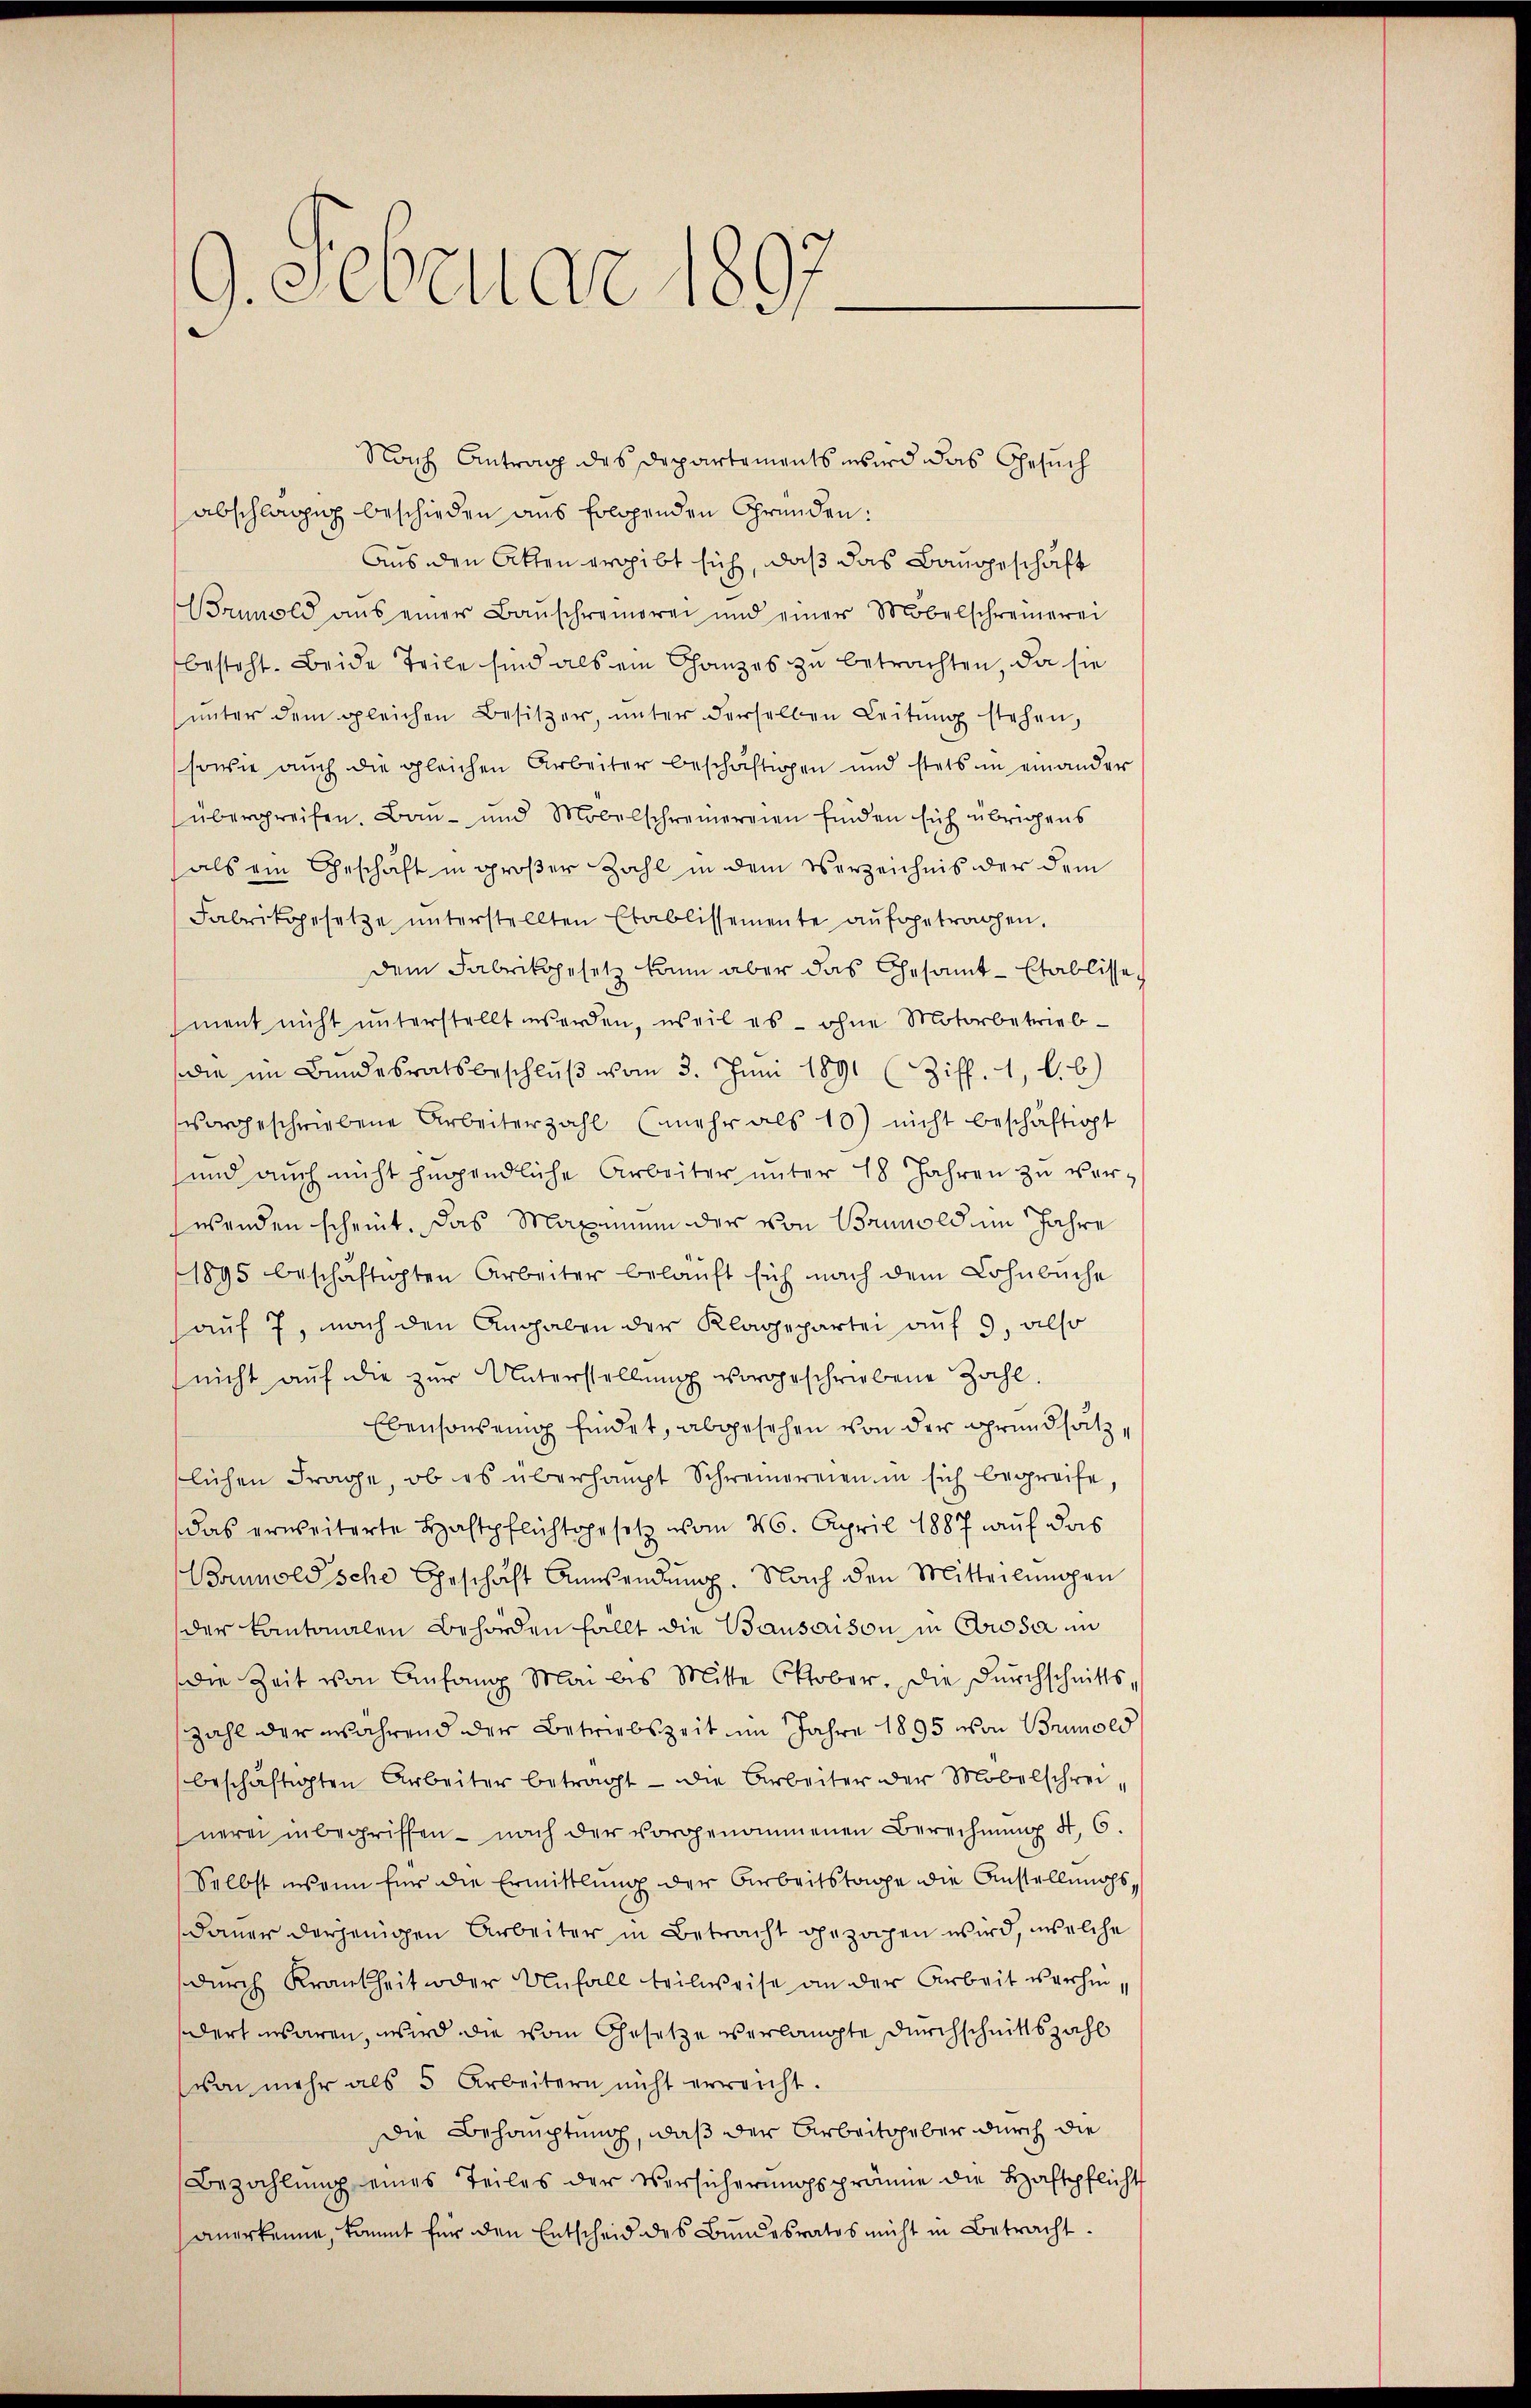
9. Februar 1897

Nach Antrag des Departements wird das Gesuch
abschlägig beschieden aus folgenden Gründen:
Aus den Akten ergibt sich, daß das Baugeschäft
Brunold aus einer Baŭschreieren und einer Möbelschreinerei
besteht. Beide Teile sind als ein Ganzes zu betrachten, da sie
ŭnter dem gleichen Besitzer, ŭnter derselben Leitŭng stehen,
sowie auch die gleichen Arbeiter beschäftigen und stets in einander
übergreifen. Bau- und Mobelschreinereien finden sich übrigens
als ein Geschäft in großer Zahl in dem Verzeichnis der dem
Fabrikgesetze unterstellten Etablissemente aŭfgetragen.
dem Fabrikgesetz kann aber das Gesamt-Etablisse,
ment nicht ŭnterstellt werden, weil es - ohne Motorbetrieb-
die im Bundesratsbeschlŭβ vom 3. Juni 1891 (Ziff. 1, b. b)
vorgeschriebene Arbeiterzahl (mehr als 10) nicht beschäftigt
und auch nicht hergendliche Arbeiter ŭnter 18 Jahren zu verwenden scheint. Das Maximmen der von Bannold um Jahre
1895 beschäftigten Arbeiter belauft sich nach dem Lohnbuche
auf 7, nach den Angaben der Klagepartei auf 3, also
nicht auf die zur Unterstellung vorgeschriebene Zahl
Ebensowenig findet, abgesehen von der Grundsätzlichen Frage, ob es überhaupt Schreinereien in sich begreife,
das erweiterte Haftpflichtsgesetz vom 26. April 1887 auf das
Boumold sche Geschaft Annsendung. Nach den Mitteilungen
der Kantonalen Behörden fällt die Bausaison in Cassa in
die Zeit von Anfang Mai bis Mitte Oktober. Die Dŭrchschnitts-
zahl der während der Betriebszeit im Jahre 1895 von Brunold
beschäftigten Arbeiter betragt - die Arbeiter der Mobelschreinerei inbegriffen - nach der vorgenommenen Berechnŭng d. 6.
Selbst wann für die Ermittlung der Arbeitstage die Anstellungs
dauer derjenigen Arbeiter in Betracht gezogen wird, welche
durch Krankheit oder Unfall teilweise an der Arbeit verhindert waren, wird die vom Gesetze verlangte Durchschnittszahl
von mehr als 5 Arbeitern nicht erreicht.
Die Behauptung, daß der Arbeitsgeber durch die
Bezahlŭng eines Teiles der Versicherŭngsprämie die Haftpflicht
anerkenne, kommt für den Entscheid des Bundesratos nicht in Betracht.